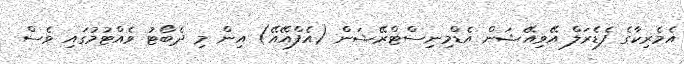
އެމެރިކާގެ ފެޑެރަލް އޭވިއޭޝަން އެޑްމިނިސްޓްރޭޝަން (އެފްއޭއޭ) އިން މި ދެބޯޓު ވެއްޓުމުގައި ވެސް